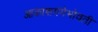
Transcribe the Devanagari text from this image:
आकाशगंगेभोवती